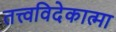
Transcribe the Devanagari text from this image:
तत्त्वविदेकात्मा